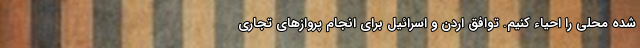
شده محلی را احیاء کنیم. توافق اردن و اسرائیل برای انجام پروازهای تجاری